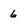
Character: 6